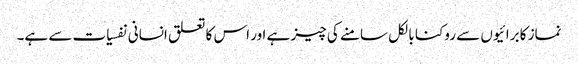
نماز کا برائیوں سے روکنا بالکل سامنے کی چیز ہے اور اس کا تعلق انسانی نفسیات سے ہے۔